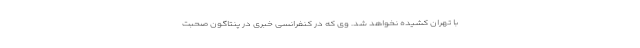
با تهران کشیده نخواهد شد. وی که در کنفرانسی خبری در پنتاگون صحبت